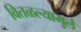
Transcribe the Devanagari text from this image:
वितळल्यामुले